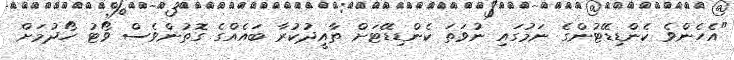
"އެހެންވެ ކެންޑިޑޭޓުންގެ ނަމުގައި ނުވަތަ ކެންޑިޑޭޓަށް ތާއީދުކުރާ ބައެއްގެ ގޮތުންވެސް ވޯޓު ހޯދުމަށް